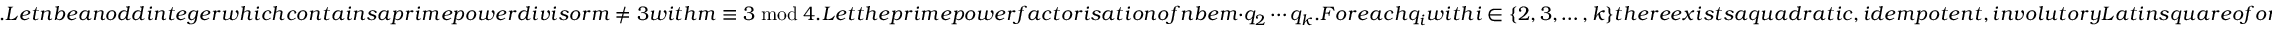
. L e t n b e a n o d d i n t e g e r w h i c h c o n t a i n s a p r i m e p o w e r d i v i s o r m \neq 3 w i t h m \equiv 3 \bmod 4 . L e t t h e p r i m e p o w e r f a c t o r i s a t i o n o f n b e m \cdot q _ { 2 } \cdots q _ { k } . F o r e a c h q _ { i } w i t h i \in \{ 2 , 3 , \ldots , k \} t h e r e e x i s t s a q u a d r a t i c , i d e m p o t e n t , i n v o l u t o r y L a t i n s q u a r e o f o r d e r q _ { i } . I n p a r t i c u l a r , a n y s q u a r e o f t h e f o r m \mathcal { L } [ a , a ] w i t h a \in \mathbb { F } _ { q } \setminus \{ 0 , 1 \} s a t i s f i e s t h i s p r o p e r t y . A l s o , L e m m a